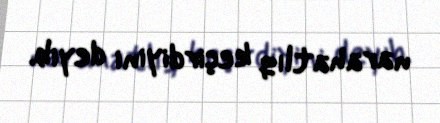
narahatlıq keçirdiyini deyib.